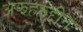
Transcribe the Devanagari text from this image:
अझहरुद्दीन